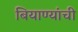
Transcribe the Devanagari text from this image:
बियाण्यांची